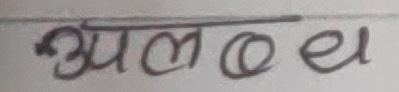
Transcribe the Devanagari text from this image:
अपलधध